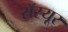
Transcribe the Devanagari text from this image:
सॅस्यूर